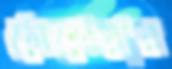
মেশেয়ার